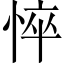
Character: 悴